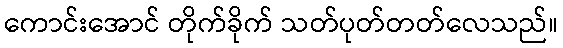
ကောင်းအောင် တိုက်ခိုက် သတ်ပုတ်တတ်လေသည်။